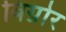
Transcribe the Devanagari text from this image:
बिग्नोर